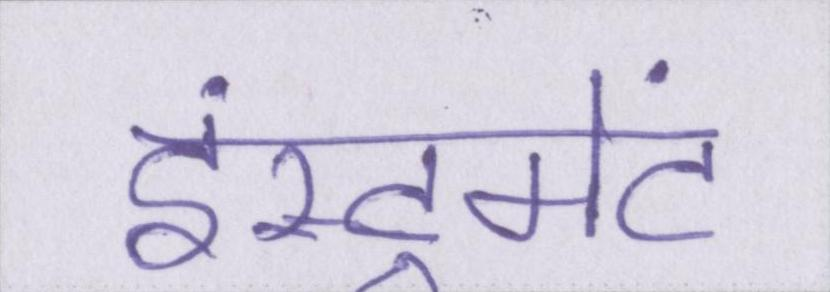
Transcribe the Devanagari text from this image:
इंस्ट्रूमेंट